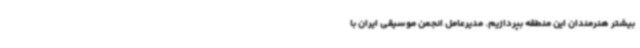
بیشتر هنرمندان این منطقه بپردازیم. مدیرعامل انجمن موسیقی ایران با